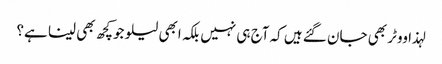
لہذا ووٹر بھی جان گئے ہیں کہ آج ہی نہیں بلکہ ابھی لیلو جوکچھ بھی لینا ہے؟